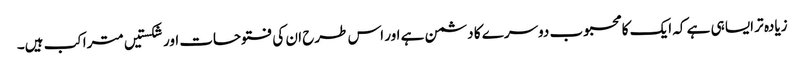
زیادہ تر ایسا ہی ہے کہ ایک کا محبوب دوسرے کا دشمن ہے اور اس طرح ان کی فتوحات اور شکستیں متراکب ہیں۔